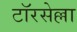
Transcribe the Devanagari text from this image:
टॉरसेल्ला